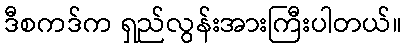
ဒီစကဒ်က ရှည်လွန်းအားကြီးပါတယ်။